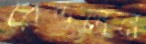
রেভলন